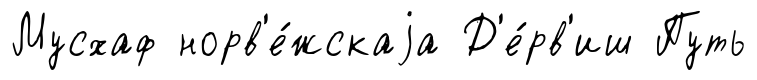
Мусхаф норв'е́жскаjа Д'е́рв'иш Путь